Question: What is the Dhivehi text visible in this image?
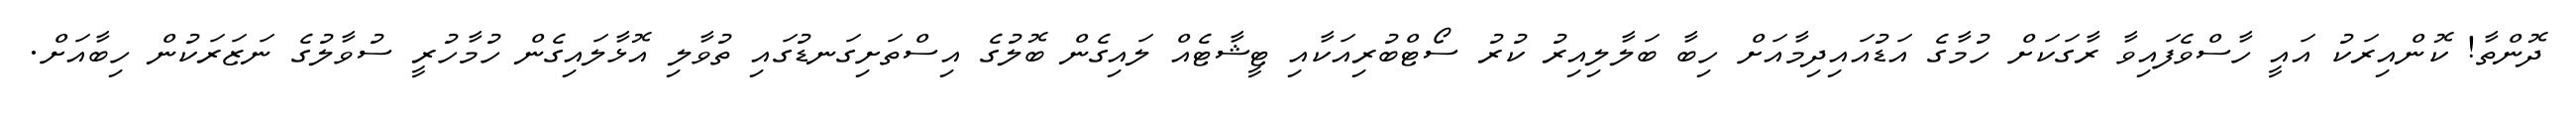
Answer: ދޮންތާ! ކޮންއިރަކު އައީ ހާސްވެފައިވާ ރާގަކަށް ހުމާގެ އަޑުއައިދިމާއަށް ހިބާ ބަލާލިއިރު ކުރު ސޯޓްބުރިއަކާއި ޓީޝާޓެއް ލައިގެން ބޮލުގެ އިސްތަށިގަނޑުގައި ތުވާލި އޮޅާލައިގެން ހުމާހުރީ ސުވާލުގެ ނަޒަރަކުން ހިބާއަށް.